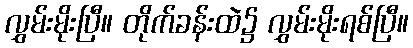
လွှမ်းမိုးပြီ။ တိုက်ခန်းထဲ၌ လွှမ်းမိုးရစ်ပြီ။